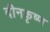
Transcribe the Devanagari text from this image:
दीनकृष्ण